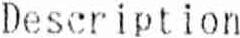
DESCRIPTION